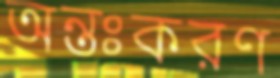
অন্তঃকরণ